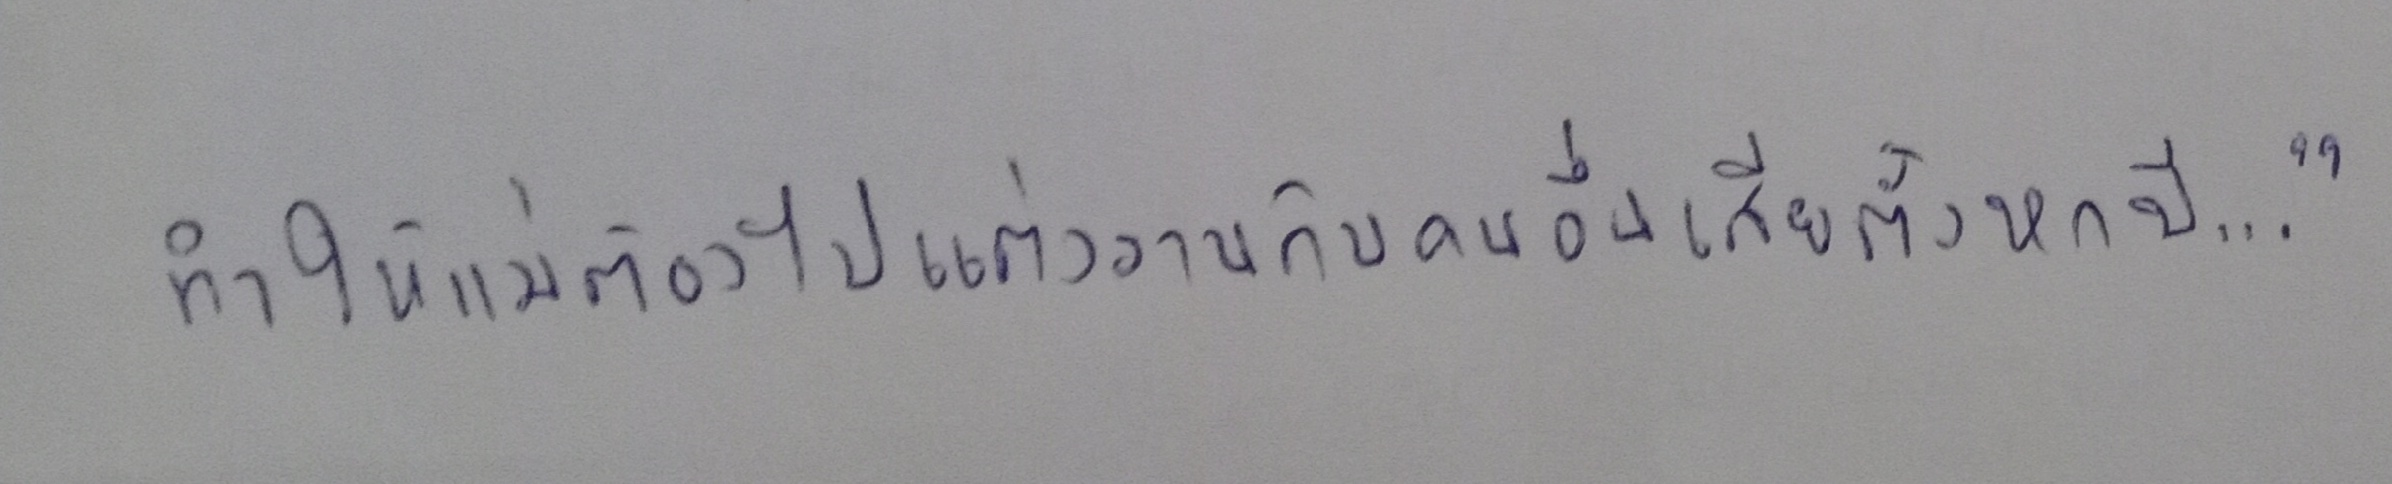
ทำให้แม่ต้องไปแต่งงานกับคนอื่นเสียตั้งหกปี..."